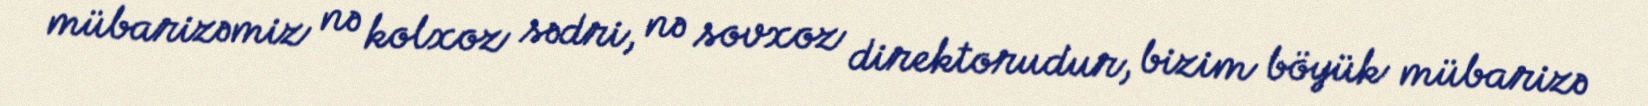
mübarizəmiz nə kolxoz sədri, nə sovxoz direktorudur, bizim böyük mübarizə